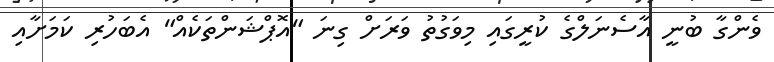
ވެންގާ ބުނީ އާސެނަލްގެ ކުރީގައި މިވަގުތު ވަރަށް ގިނަ "އޮޕްޝަންތަކެއް" އެބަހުރި ކަމަށާއި